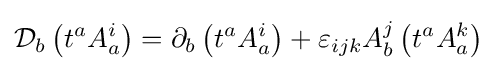
{\mathcal {D}}_{b}\left(t^{a}A_{a}^{i}\right)=\partial _{b}\left(t^{a}A_{a}^{i}\right)+\varepsilon _{ijk}A_{b}^{j}\left(t^{a}A_{a}^{k}\right)